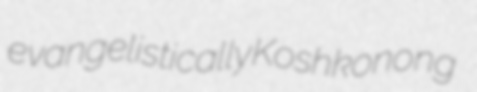
evangelistically Koshkonong